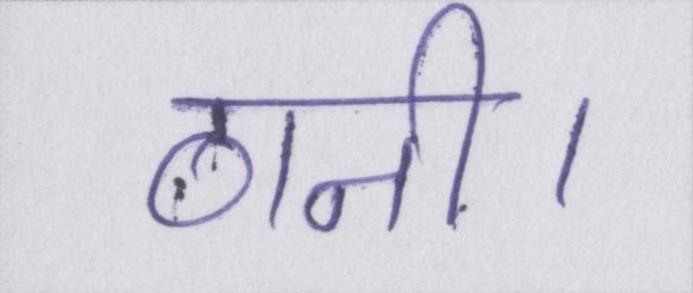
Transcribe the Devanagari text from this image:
ठानी।